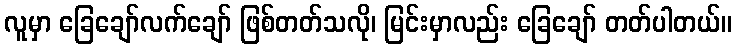
လူမှာ ခြေချော်လက်ချော် ဖြစ်တတ်သလို၊ မြင်းမှာလည်း ခြေချော် တတ်ပါတယ်။